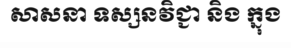
សាសនា ទស្សនវិជ្ជា និង ក្នុង